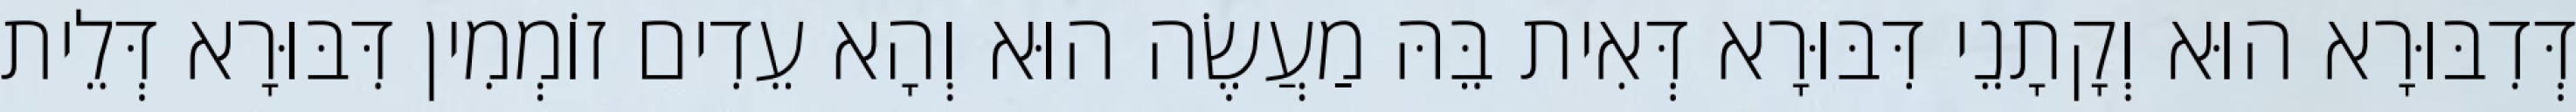
דְּדִבּוּרָא הוּא וְקָתָנֵי דִּבּוּרָא דְּאִית בֵּהּ מַעֲשֶׂה הוּא וְהָא עֵדִים זוֹמְמִין דִּבּוּרָא דְּלֵית